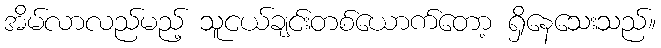
အိမ်လာလည်မည့် သူငယ်ချင်းတစ်ယောက်တော့ ရှိနေသေးသည်။